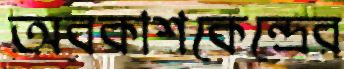
অবকাশকেন্দ্রের